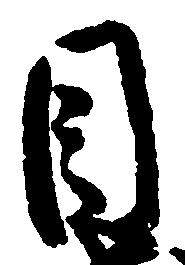
目